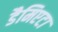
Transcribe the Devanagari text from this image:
डैमिएटा